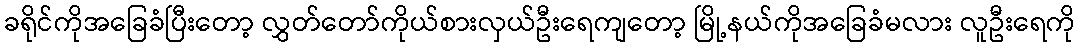
ခရိုင်ကိုအခြေခံပြီးတော့ လွှတ်တော်ကိုယ်စားလှယ်ဦးရေကျတော့ မြို့နယ်ကိုအခြေခံမလား လူဦးရေကို